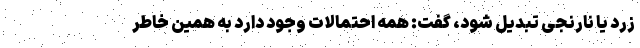
زرد یا نارنجی تبدیل شود، گفت: همه احتمالات وجود دارد به همین خاطر